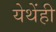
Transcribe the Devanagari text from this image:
येथेंही